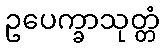
ဥပေက္ခာသုတ္တံ